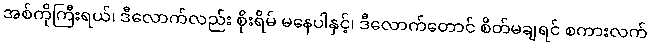
အစ်ကိုကြီးရယ်၊ ဒီလောက်လည်း စိုးရိမ် မနေပါနှင့်၊ ဒီလောက်တောင် စိတ်မချရင် စကားလက်